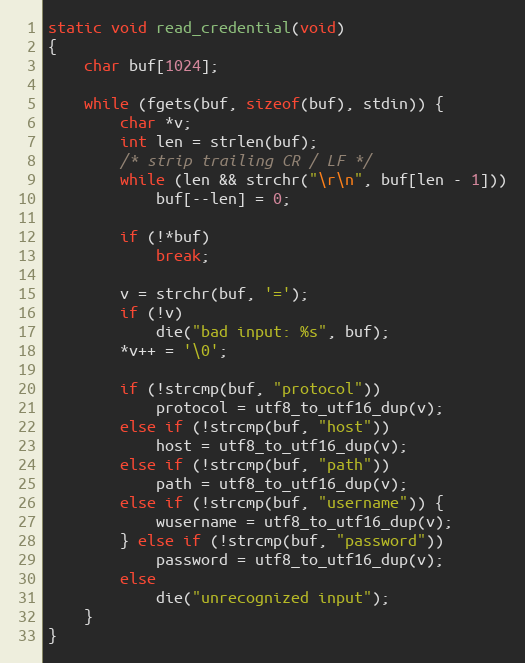
Language: C
static void read_credential(void)
{
	char buf[1024];

	while (fgets(buf, sizeof(buf), stdin)) {
		char *v;
		int len = strlen(buf);
		/* strip trailing CR / LF */
		while (len && strchr("\r\n", buf[len - 1]))
			buf[--len] = 0;

		if (!*buf)
			break;

		v = strchr(buf, '=');
		if (!v)
			die("bad input: %s", buf);
		*v++ = '\0';

		if (!strcmp(buf, "protocol"))
			protocol = utf8_to_utf16_dup(v);
		else if (!strcmp(buf, "host"))
			host = utf8_to_utf16_dup(v);
		else if (!strcmp(buf, "path"))
			path = utf8_to_utf16_dup(v);
		else if (!strcmp(buf, "username")) {
			wusername = utf8_to_utf16_dup(v);
		} else if (!strcmp(buf, "password"))
			password = utf8_to_utf16_dup(v);
		else
			die("unrecognized input");
	}
}